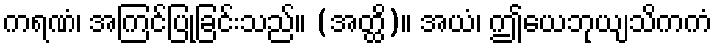
ကရဏံ၊ အကြင်ပြုခြင်းသည်။ (အတ္ထိ)။ အယံ၊ ဤယေဘုယျသိကကံ